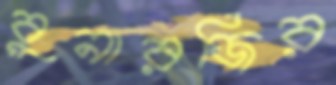
বুনারজির